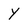
Character: y